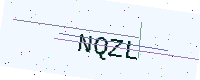
Text: NQZL